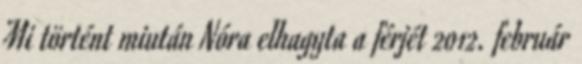
Mi történt miután Nóra elhagyta a férjét 2012. február